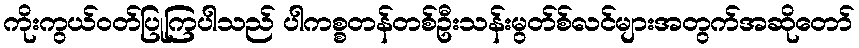
ကိုးကွယ်ဝတ်ပြုကြပါသည် ပါကစ္စတန်တစ်ဦးသန်းမွတ်စ်လင်များအတွက်အဆိုတော်